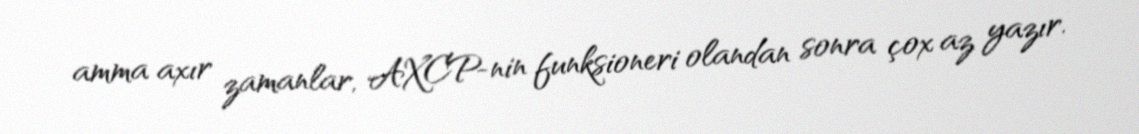
amma axır zamanlar, AXCP-nin funksioneri olandan sonra çox az yazır.